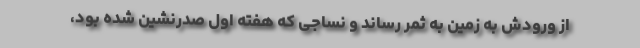
از ورودش به زمین به ثمر رساند و نساجی که هفته اول صدرنشین شده بود،